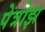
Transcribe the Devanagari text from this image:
पेत्रोझ